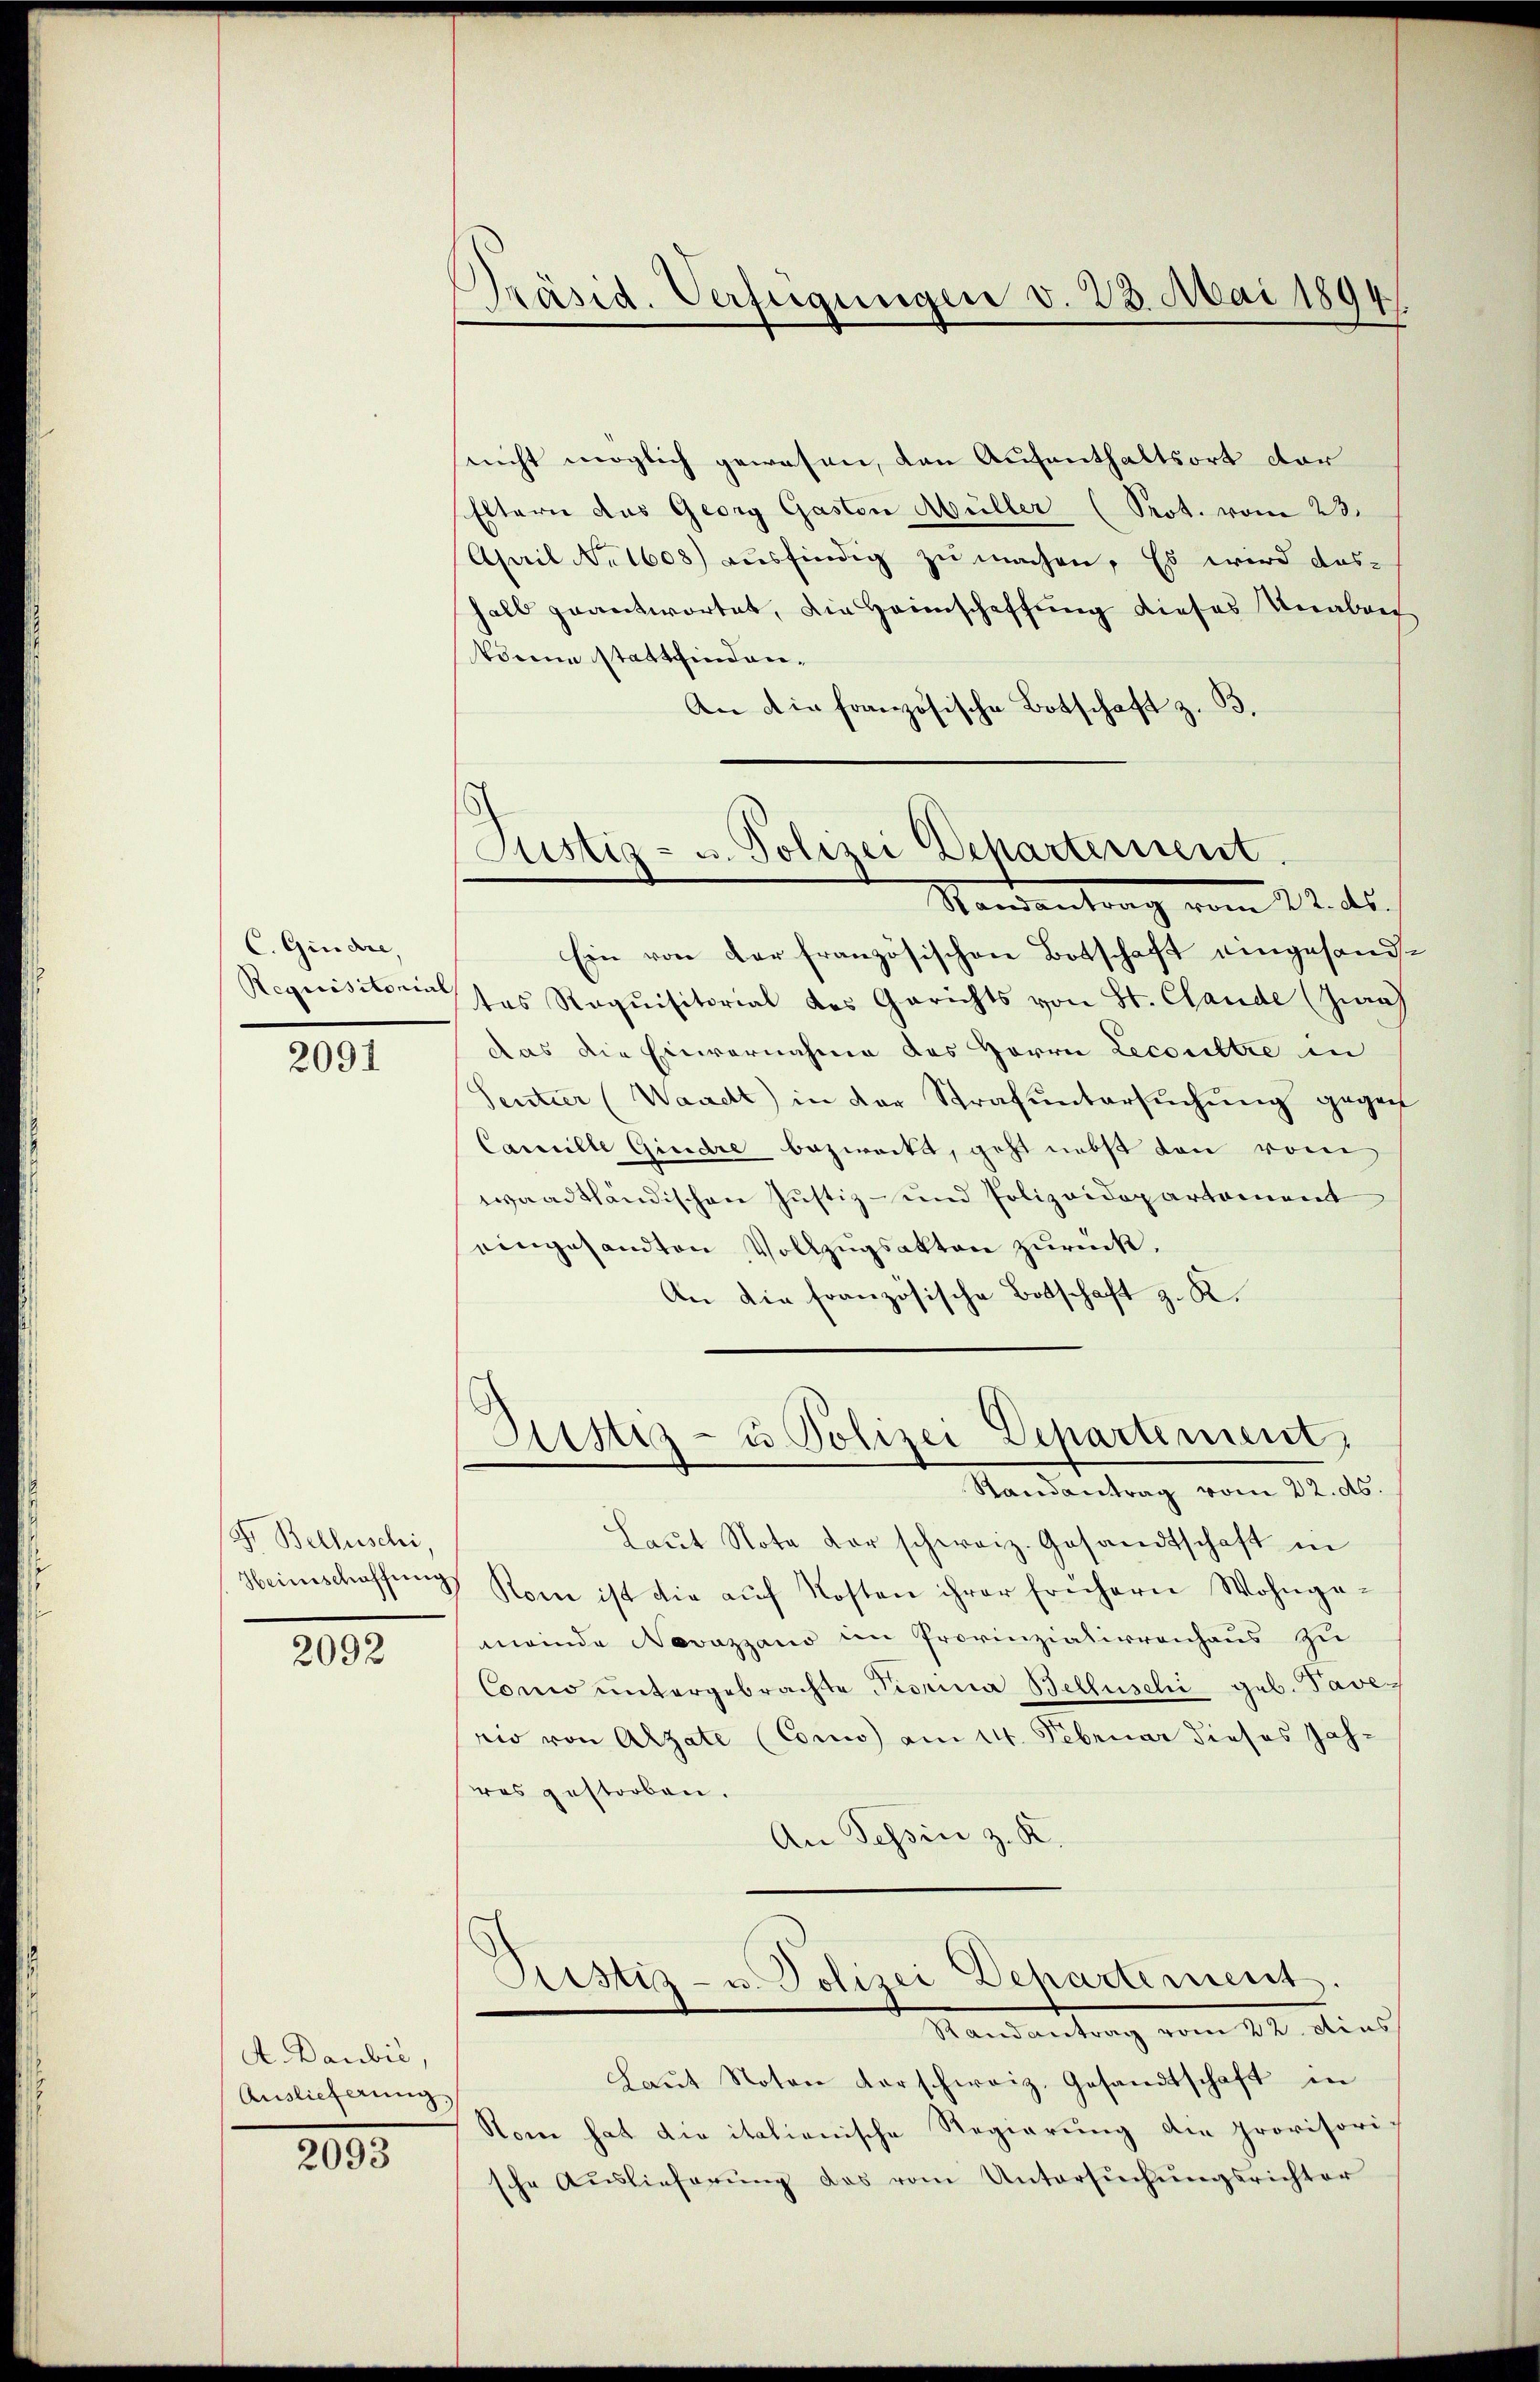
C. Gindre,
Requisitorial

2091

Fr. Bellischi,
Heimschaffung

2092

A. Baubić,
Auslieferung,

2093

Präsid. Verfügungen v. 23. Mai 1894

.
Justiz- u. Polizei Departement.
Randantrag vom 22. ds.

nicht möglich gewesen, den Aufenthaltsort der
Eltern das Georg Gaston Müller (Prot. vom 23.
April No 1608 aŭsfindig zŭ machen. Es wird das-
halb geantwortet, die Heimschaffung dieses Unaben
korene stattfinden,
An die französische Botschaft z. B.
Ein von der französischen Botschaft eingesandtes Requisitorial des Gerichts von St. Claude (Graz
das die Einvernahme des Herrn Lecoultre in
Sentier (Waadt) in der Strafuntersuchung gegen
Camille Gindre bezweckt, geht nebst von vom
waadtländischen Justiz- und Polizeidepartement
eingesandten Vollzugsakten zurück.
An die französische Botschaft z. K.
Justiz- u. Polizei Departement.
Randantrag vom 22. ds.
Laŭt Nota der schweiz. Gesandtschaft in
Kom ist die aŭf Kosten ihrer frühern Wohnga-
meinde Novazzano im Provinzialirrenhaus zu
Como untergebrachte Pierina Belluschi geb. Taverio von Altate (Cono am 24. Februar dieses Jah-
res gestorben.
An Tessin z. K.
Pustiz- u. Polizei Departement.
Mandantrag vom 22. dies
Laŭt Noten darschweiz. Gesandtschaft in
Rom hat die italienische Regierung die provisoriche Auslieferŭng des vom Untersŭchŭngsrichter